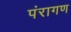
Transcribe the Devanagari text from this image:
पंरागण